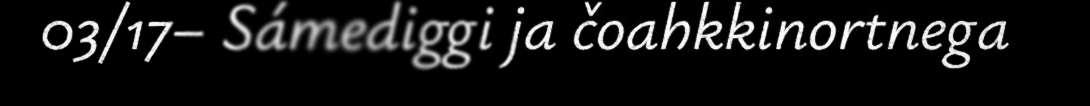
03/17– Sámediggi ja čoahkkinortnega